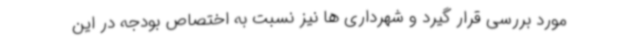
مورد بررسی قرار گیرد و شهرداری ها نیز نسبت به اختصاص بودجه در این